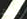
تبلين